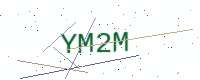
Text: YM2M